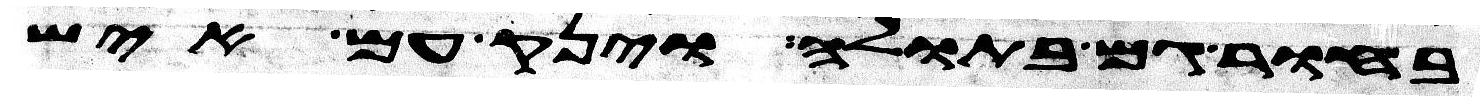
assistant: בחור גם בתולה וינק עם איש